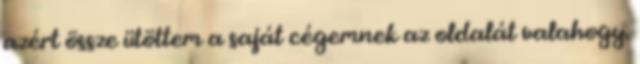
azért össze ütöttem a saját cégemnek az oldalát valahogy.